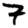
Digit: 7